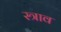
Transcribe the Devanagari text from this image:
स्‍त्राव